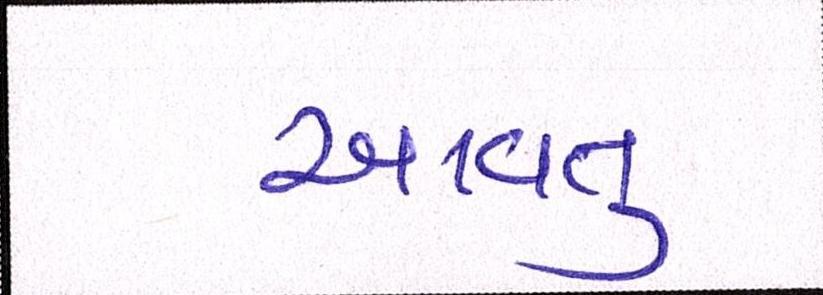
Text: આવતુ